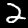
Label: 2